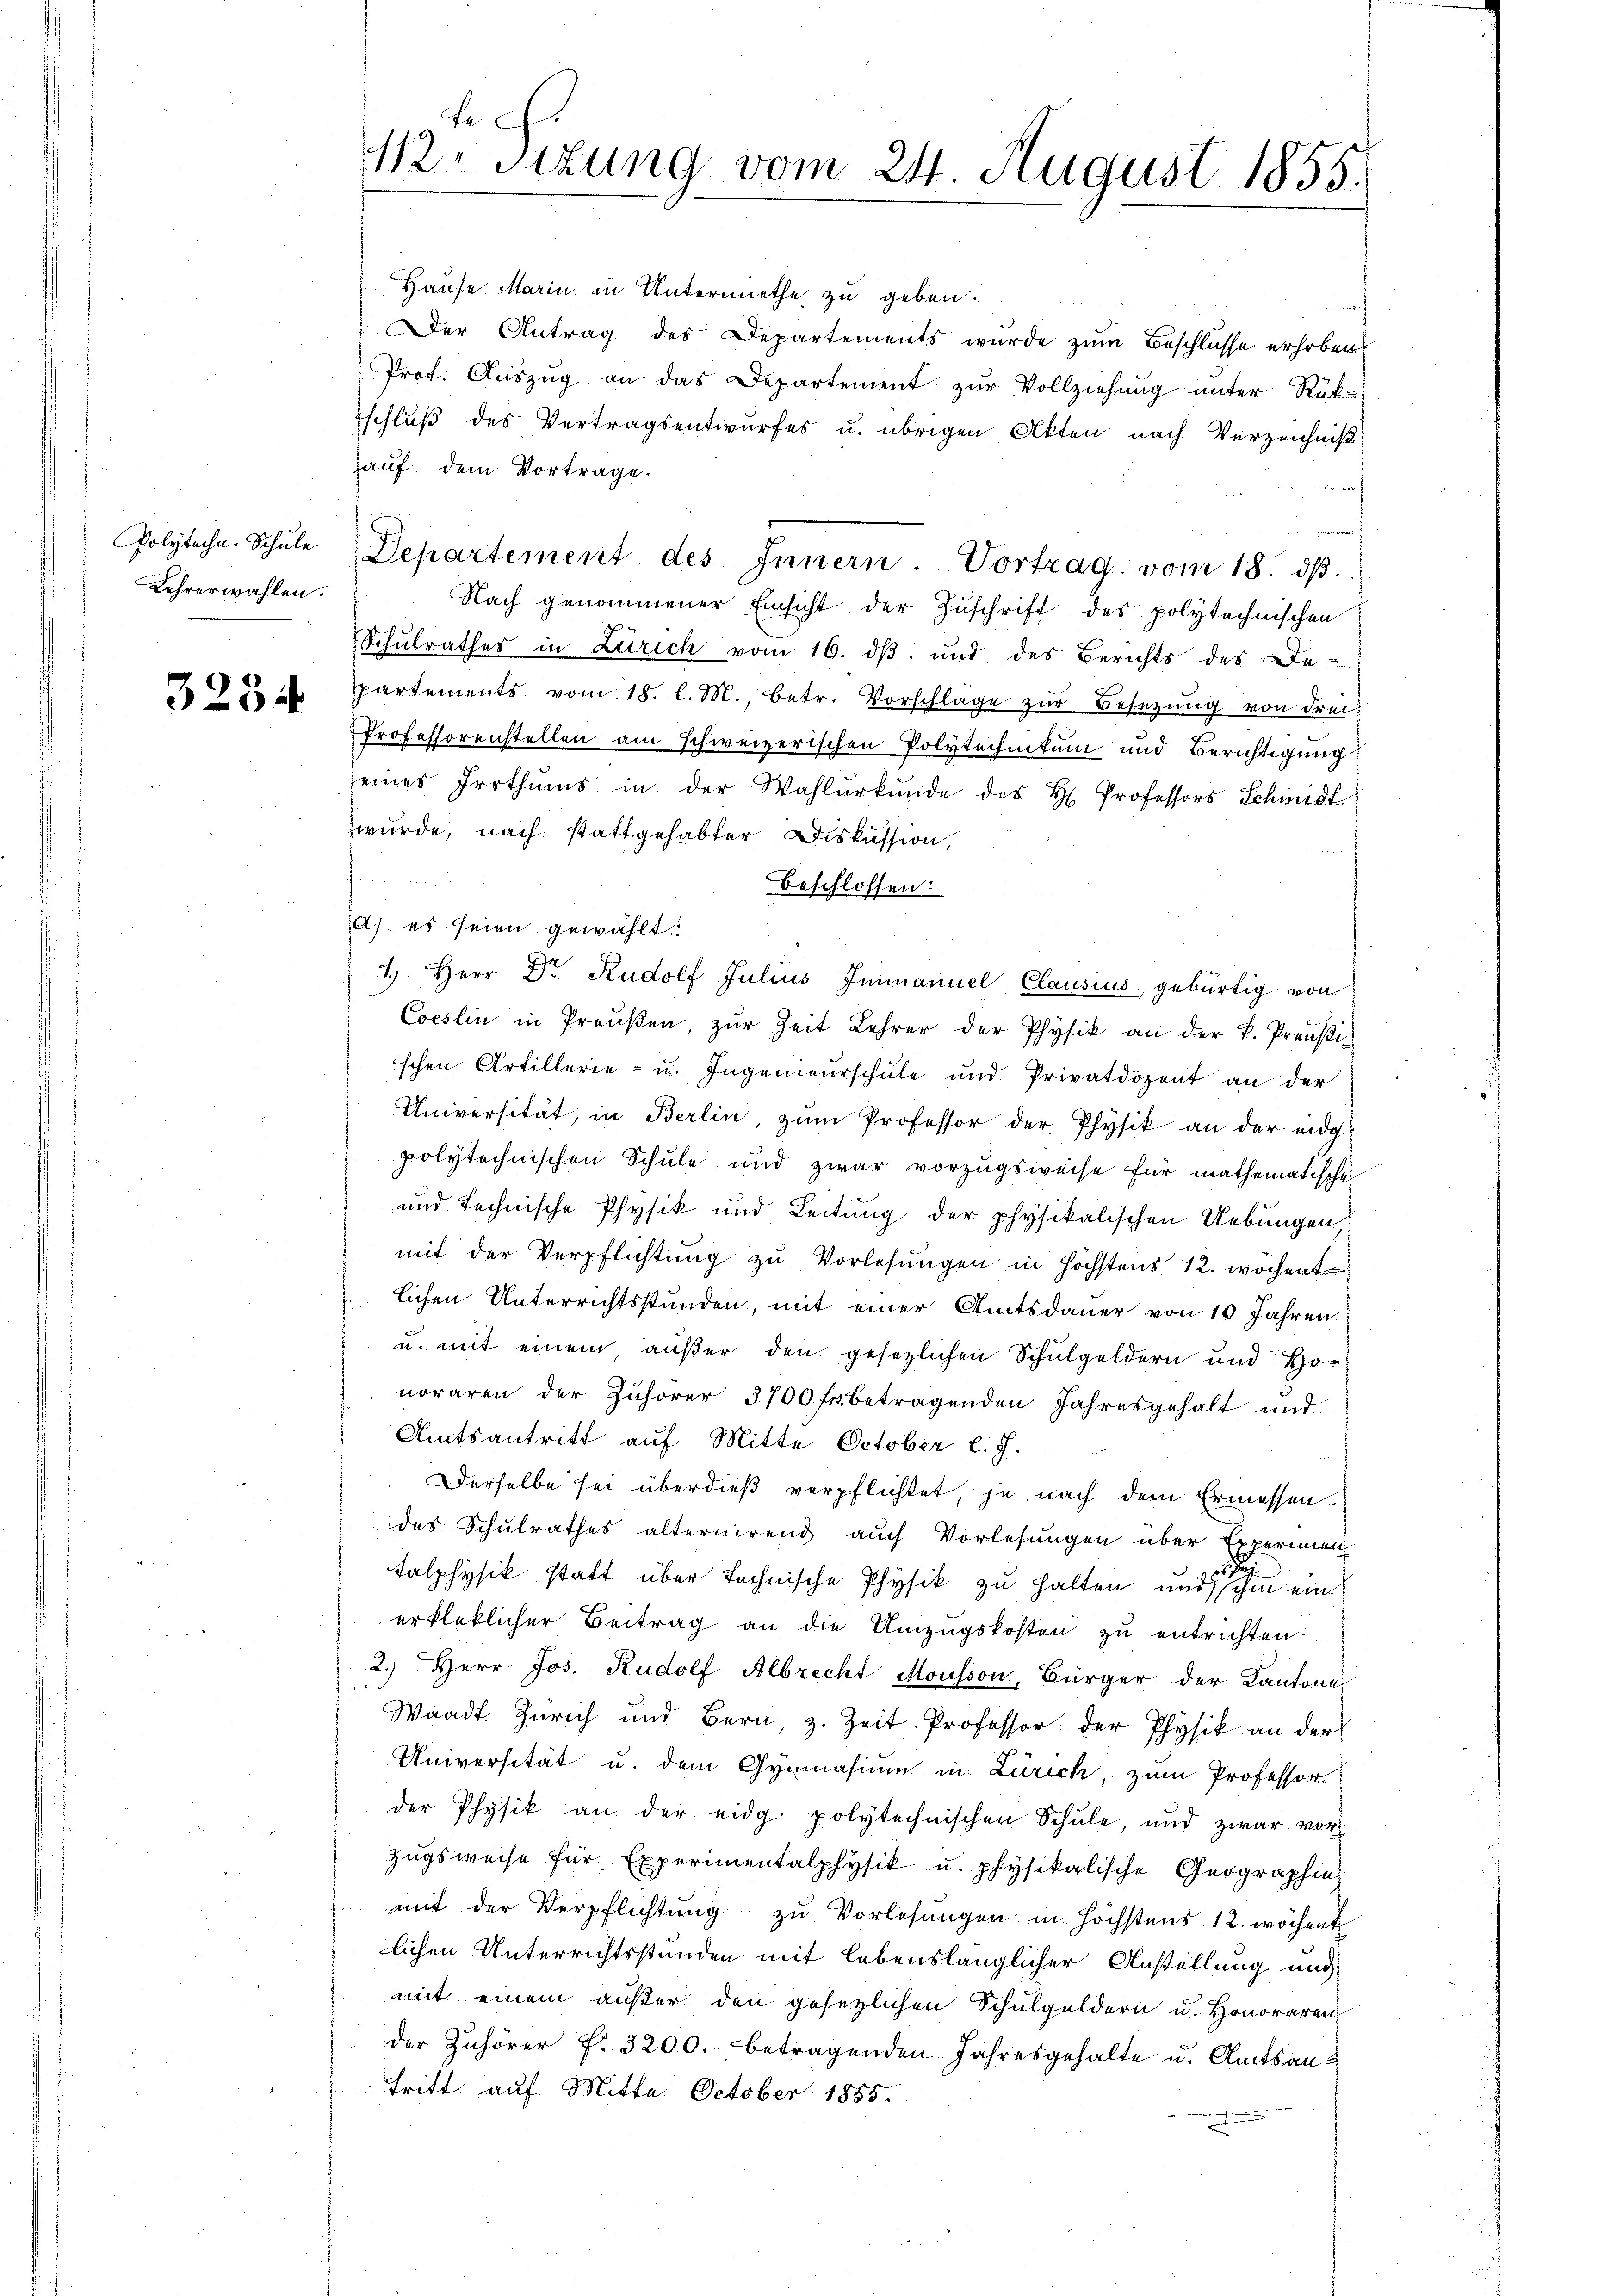
Polytechn. Schule.
Lehrerwählen.

3254

fe
12 sizung vom 24. August 1855.

Hause Marin in Untermiethe zu geben.
Der Antrag des Departements wurde zum Beschlüsse erhoben.
Prof. Auszug an das Departement zur Vollziehung unter Rükschluß des Vertragsentwurfes u. übrigen Akten nach Verzeichniß
hauf dem Vortrage.
Departement des Innern. Vortrag vom 18. dβ.
Nach genommener Einsicht der Zŭschrift der polytechnischen
Schulrathes in Zürich vom 16. dβ. und des Berichts des De-
partements vom 18. l. M., betr. Vorschlage zŭr Besetzŭng von drei
Professorenstellen am schweizerischen Polytechnikum und Berichtigung
eines Irrthums in der Wahlŭrkŭnde des H. Professors Schmidt
wurde, nach stattgehabter Diskussion,
beschlossen:
A) es seien gewählt.
1.) Herr Dr Rudolf Julius Immanuel Clausius, gebürtig von
Coeslin in Preußen, zur Zeit Lehrer der Physik an der k. Preußischen Artillerie- u. Ingenieurschule und Privatdozent an der
Universität, in Berlin, zum Professor der Physik an der eidgpolytechnischen Schule und zwar vorzugsweise für mathematische
und technische Physik und Leitung der physikalischen Uebungen,
mit der Verpflichtŭng zu Vorlesungen in höchstens 12. wöchent
lichen Unterrichtsstunden, mit einer Amtsdauer von 10 Jahren
u. mit einem, außer den gesetzlichen Schulgeldern und Honoraren der Zuhörer 3700 fr. betragenden Jahresgehalt und
Amtsantritt auf Mitte. October l. J.
Derselbe sei überdieß verpflichtet, je nach dem Ermessen
des Schulrathes alternirend auch Vorlesungen über Experimen
Falphysik statt über technische Physik zu halten, und sich ein
erkleklicher Beitrag an die Umzugskosten zŭ entrichten.
2.) Herr Jos. Rudolf Albrecht Mousson, Bürger der Kantone
Waadt Zürich und Bern, z. Zeit. Professor der Physik an der
Universität u. dem Gymnasium in Zürich, zum Professor
der Physik an der eidg. polytechnischen Schŭle, und zwar vor
Zugsweise für Experimentalphysik u. physikalische Geographie
mit der Verpflichtŭng zu Vorlesungen in höchstens 12. wöchent
lichen Unterrichtsstunden mit lebenslänglicher Anstellung und
mit einem außer den gesezlichen Schulgeldern u. Honoraren
der Zuhörer f. 3200.- betragenden Jahresgehalte u. Amtsans
tritt auf Mitte October 1885.